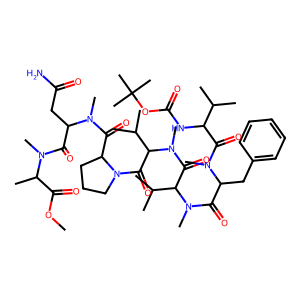
SMILES: COC(=O)C(C)N(C)C(=O)C(CC(N)=O)N(C)C(=O)C1CCCN1C(=O)C(C(C)C)N(C)C(=O)C(C(C)C)N(C)C(=O)C(Cc1ccccc1)N(C)C(=O)C(NC(=O)OC(C)(C)C)C(C)C
Inhibits HIV replication: No